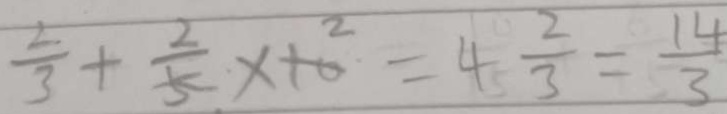
\frac { 2 } { 3 } + \frac { 2 } { 5 } x 1 0 ^ { 2 } = 4 \frac { 2 } { 3 } = \frac { 1 4 } { 3 }